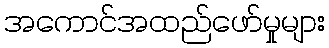
အကောင်အထည်ဖော်မှုများ